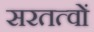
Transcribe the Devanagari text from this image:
सरतत्वों